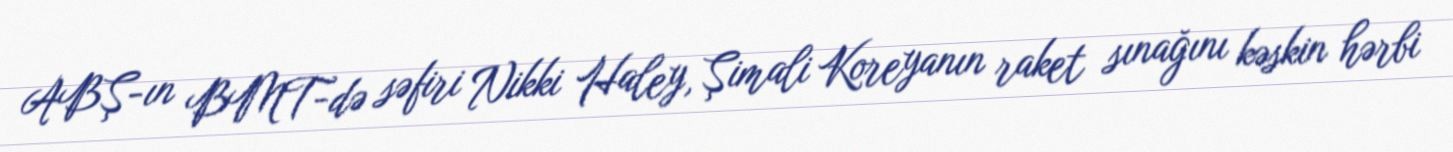
ABŞ-ın BMT-də səfiri Nikki Haley, Şimali Koreyanın raket sınağını kəskin hərbi